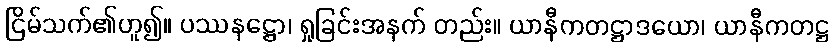
ငြိမ်သက်၏ဟူ၍။ ပဿနဋ္ဌော၊ ရှုခြင်းအနက် တည်း။ ယာနီကတဋ္ဌာဒယော၊ ယာနီကတဋ္ဌ